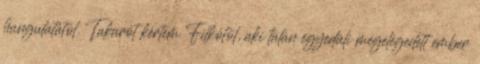
hangulatától. Takarót kértem Filkótól, aki talán egyedüli megelégedett ember